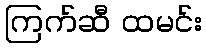
ကြက်ဆီ ထမင်း